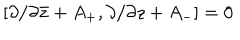
{ } [ \partial / \partial \bar { z } + A _ { + } , \partial / \partial z + A _ { - } ] = 0